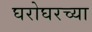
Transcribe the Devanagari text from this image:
घरोघरच्या